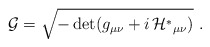
\begin{align*}{\cal G}= \sqrt{-\det (g_{\mu\nu}+i\, {\cal H}^*{}_{\mu\nu})}\ .\end{align*}